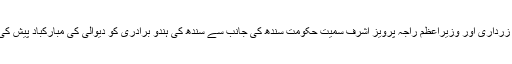
صدر زرداری اور وزیراعظم راجہ پرویز اشرف سمیت حکومت سندھ کی جانب سے سندھ کی ہندو برادری کو دیوالی کی مبارکباد پیش کی گئی۔